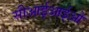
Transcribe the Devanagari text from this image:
सीआईआईओ